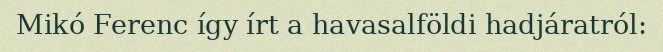
Mikó Ferenc így írt a havasalföldi hadjáratról: